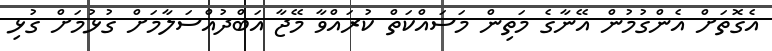
އެގޮތަށް އެންގުމުން އޭނާގެ މަތިން މަސައްކަތް ކުރައްވާ މޭޖާ އަބްދުއްސަލާމަށް ގުޅުމަށް ގުޅި